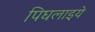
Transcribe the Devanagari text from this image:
पिघलाइये